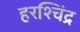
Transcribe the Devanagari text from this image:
हरश्चिंद्र